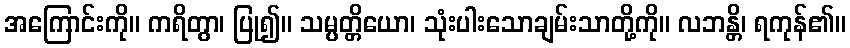
အကြောင်းကို။ ကရိတွာ၊ ပြု၍။ သမ္ပတ္တိယော၊ သုံးပါးသောချမ်းသာတို့ကို။ လဘန္တိ၊ ရကုန်၏။